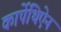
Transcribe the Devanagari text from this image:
कार्पेथिऐन